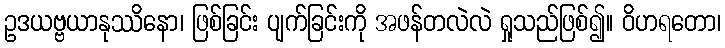
ဥဒယဗ္ဗယာနုဿိနော၊ ဖြစ်ခြင်း ပျက်ခြင်းကို အဖန်တလဲလဲ ရှုသည်ဖြစ်၍။ ဝိဟရတော၊